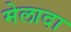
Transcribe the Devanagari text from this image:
मेलादा